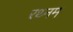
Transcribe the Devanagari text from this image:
रथ्नम